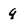
Character: q